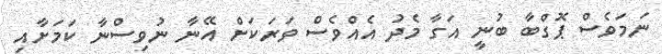
ނަމަވެސް ޕޮގްބާ ބުނީ އަގާ މެދު އެއްވެސް ވަރަކަށް އޭނާ ނުވިސްނާ ކަމަށާއި